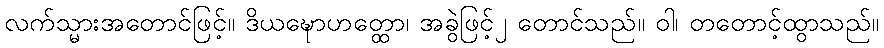
လက်သ္မားအတောင်ဖြင့်။ ဒိယဍ္ဎောဟတ္ထော၊ အခွဲဖြင့်၂ တောင်သည်။ ဝါ၊ တတောင့်ထွာသည်။